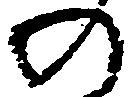
の